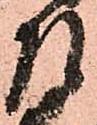
左